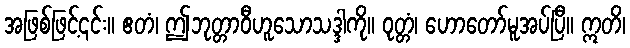
အဖြစ်ဖြင့်၎င်း။ ဧတံ၊ ဤဘုတ္တာဝီဟူသောသဒ္ဒါကို။ ဝုတ္တံ၊ ဟောတော်မူအပ်ပြီ။ ဣတိ၊